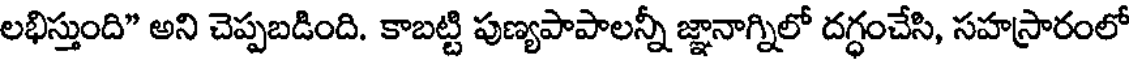
లభిస్తుంది" అని చెప్పబడింది. కాబట్టి పుణ్యపాపాలన్నీ జ్ఞానాగ్నిలో దగ్ధంచేసి, సహస్రారంలో